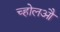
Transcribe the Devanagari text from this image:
च्होलऔ